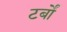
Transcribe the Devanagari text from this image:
टर्बों